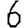
Digit: 6